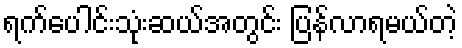
ရက်ပေါင်းသုံးဆယ်အတွင်း ပြန်လာရမယ်တဲ့